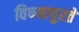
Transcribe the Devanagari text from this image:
विषयापुरते